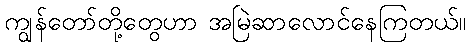
ကျွန်တော်တို့တွေဟာ အမြဲဆာလောင်နေကြတယ်။